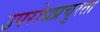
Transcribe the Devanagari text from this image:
उपरोधप्रचुरता